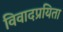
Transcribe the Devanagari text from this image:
विवादप्रयिता